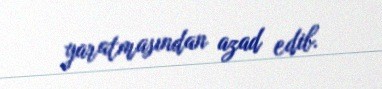
yaratmasından azad edib.